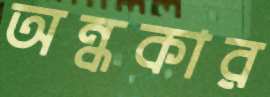
অন্ধকার